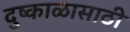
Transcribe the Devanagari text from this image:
दुष्काळासाठी